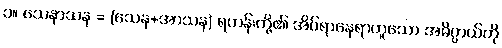
၁။ သေနာသန = (သေန+အာသန) ရဟန်းတို့၏ အိပ်ရာနေရာဟူသော အဓိပ္ပာယ်ကို